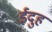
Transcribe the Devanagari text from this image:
ईदुह